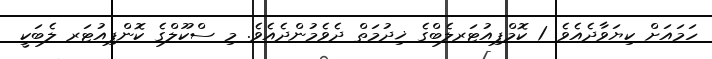
ހަމައަށް ކިޔަވާދެއެވެ. 1 ކޮމްޕިއުޓަރލެބްގެ ޚިދުމަތް ދެވެމުންދެއެވެ. މި ސްކޫލްގެ ކޮންޕިއުޓަރ ލެބަކީ